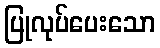
ပြုလုပ်ပေးသော